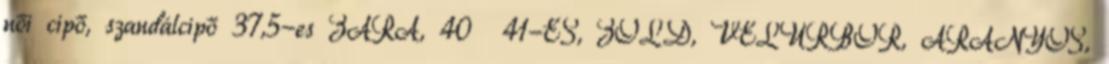
női cipő, szandálcipő 37,5-es ZARA, 40 41-ES, ZÖLD, VELÚRBŐR, ARANYOS,